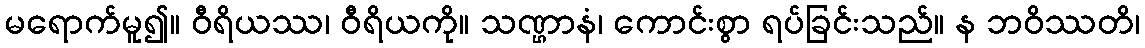
မရောက်မူ၍။ ဝီရိယဿ၊ ဝီရိယကို။ သဏ္ဌာနံ၊ ကောင်းစွာ ရပ်ခြင်းသည်။ န ဘဝိဿတိ၊